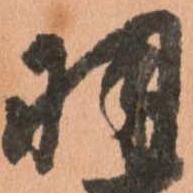
羽